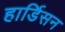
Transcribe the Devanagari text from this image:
हार्डिसन